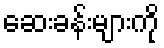
ဆေးခန်းများကို